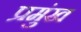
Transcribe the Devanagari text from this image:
प्रमुंख